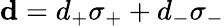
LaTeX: {\mathbf d}=d_{+}\sigma_{+}+d_{-}\sigma_{-}